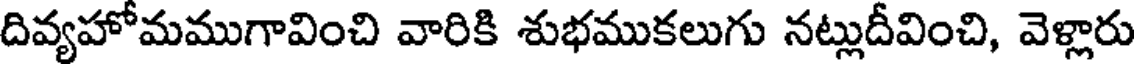
దివ్యహోమముగావించి వారికి శుభముకలుగు నట్లుదీవించి, వెళ్లారు